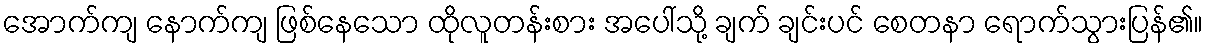
အောက်ကျ နောက်ကျ ဖြစ်နေသော ထိုလူတန်းစား အပေါ်သို့ ချက် ချင်းပင် စေတနာ ရောက်သွားပြန်၏။